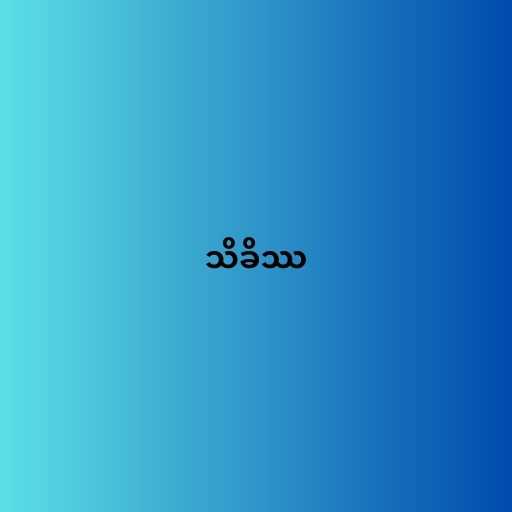
သိခိဿ